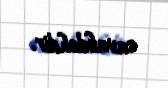
cavabdehdir.